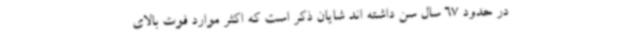
در حدود 67 سال سن داشته اند شایان ذکر است که اکثر موارد فوت بالای